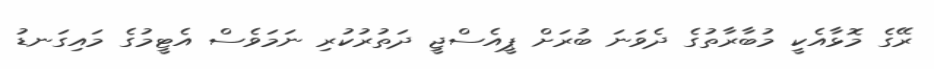
ރޭގެ މޮޅާއެކީ މުބާރާތުގެ ދެވަނަ ބުރަށް ޕީއެސްޖީ ދަތުރުކުރި ނަމަވެސް އެޓީމުގެ މައިގަނޑު